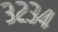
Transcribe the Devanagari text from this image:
३२३४